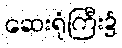
ဆေးရုံကြီး၌